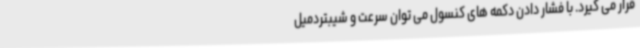
قرار می گیرد. با فشار دادن دکمه های کنسول می توان سرعت و شیبتردمیل